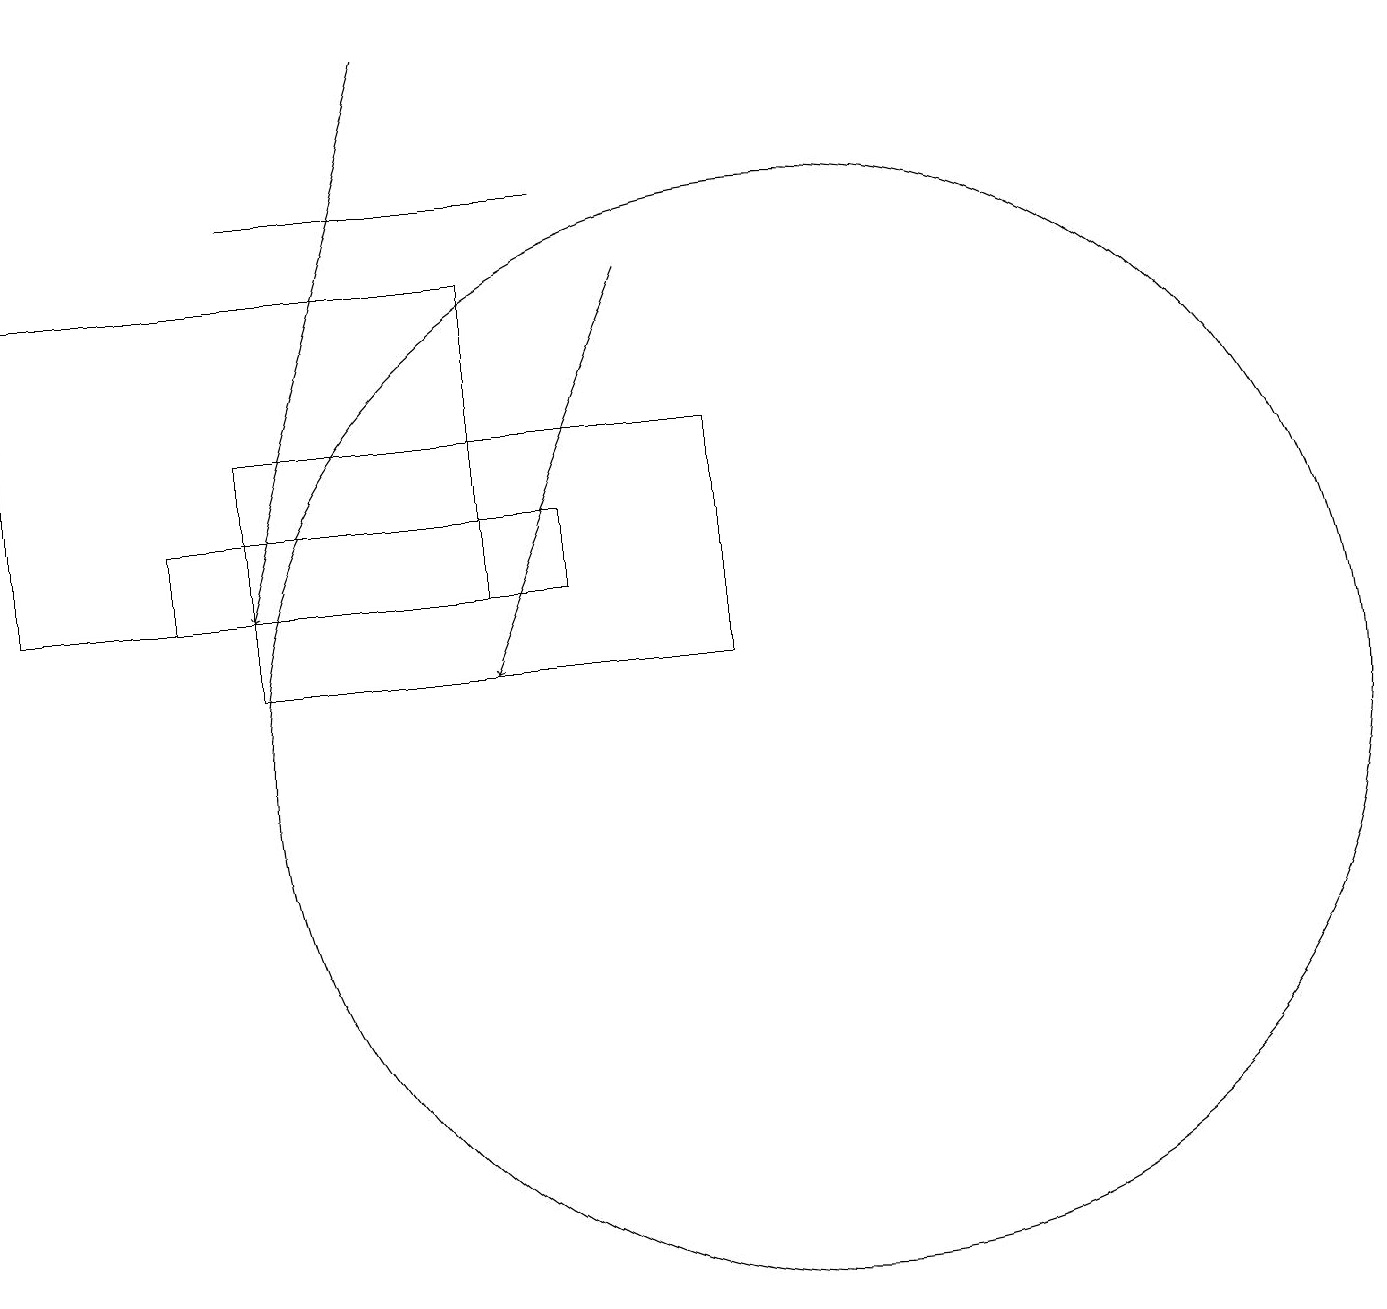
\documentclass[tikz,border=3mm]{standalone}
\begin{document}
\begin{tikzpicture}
\draw[->] (8,16) -- (6,11);
\draw (6,16) rectangle (0,12);
\draw[->] (5,19) -- (3,12);
\draw (7,12) rectangle (2,13);
\draw (9,11) rectangle (3,14);
\draw (10,10) circle (7);
\draw (7,17) rectangle (3,17);
\draw (11,10) circle (0);
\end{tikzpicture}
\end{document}